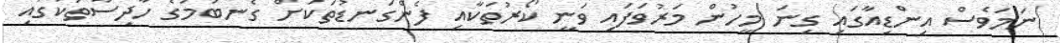
ނަމަވެސް އިންޑިއާގައި ގިނަ މީހުން މަރުވަފައި ވަނީ ކޯރުތަކާއި ފެންގަނޑުތަކަށް ގެނބުމުގެ ހާދިސާތަކުގަައި